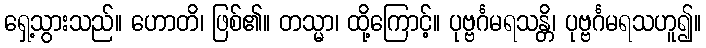
ရှေ့သွားသည်။ ဟောတိ၊ ဖြစ်၏။ တသ္မာ၊ ထို့ကြောင့်။ ပုဗ္ဗင်္ဂမရသန္တိ၊ ပုဗ္ဗင်္ဂမရသဟူ၍။